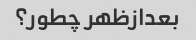
بعدازظهر چطور؟